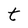
Character: t